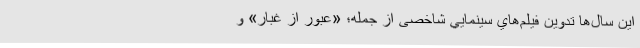
این سال‌ها تدوين فيلم‌هاي سينمايي شاخصی از جمله؛ «عبور از غبار» و